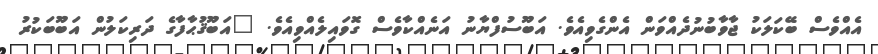
އެއްވެސް ބޭކަލަކު ޖާވާބުނުދެއްވަން އެންގެވިއެވެ. އަބޫސުފްޔާނު އަނެއްކާވެސް ގޮވައިލެއްވިއެވެ. "އަބޫޤުޙާފާގެ ދަރިކަލުން އަބޫބަކުރު